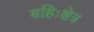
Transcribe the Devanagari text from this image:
बहिःक्षेत्र